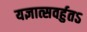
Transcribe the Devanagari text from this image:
यज्ञात्सवर्हुतऽ